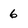
Character: 6